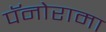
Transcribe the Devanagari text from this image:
पॅनोरामा